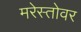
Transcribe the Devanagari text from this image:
मरेस्तोवर